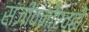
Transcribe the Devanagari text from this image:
संजीवनीएवढी